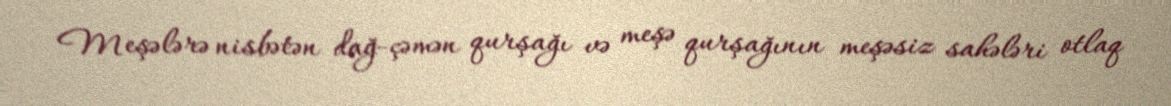
Meşələrə nisbətən dağ-çəmən qurşağı və meşə qurşağının meşəsiz sahələri otlaq